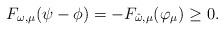
LaTeX: \begin{align*}F_{\omega,\mu}({\psi-\phi})=-F_{\hat{\omega},\mu}(\varphi_\mu)\ge 0.\end{align*}